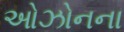
ઓઝોનના